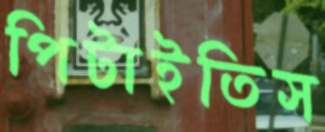
পিটাইতিস